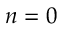
n = 0